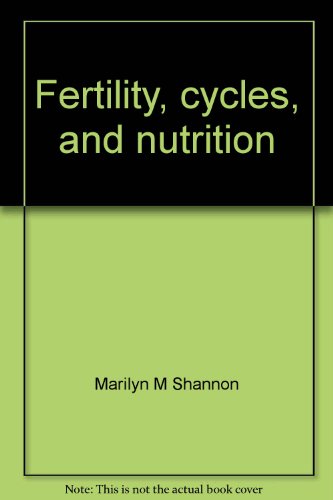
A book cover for Fertility, cycles, and nutrition: Can what you eat affect your menstrual cycles and your fertility?; Marilyn M Shannon; Health, Fitness & Dieting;